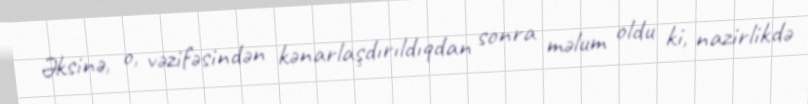
Əksinə, o, vəzifəsindən kənarlaşdırıldıqdan sonra məlum oldu ki, nazirlikdə